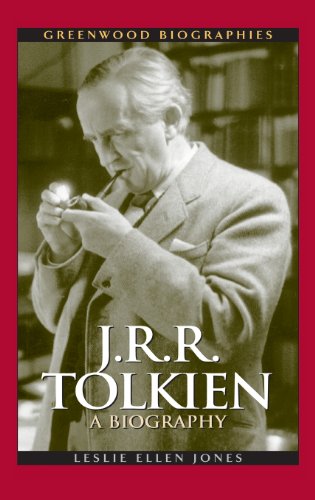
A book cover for J.R.R. Tolkien: A Biography (Greenwood Biographies); Leslie Ellen Jones; Science Fiction & Fantasy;